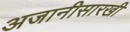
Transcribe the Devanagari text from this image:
अजानीसारखी